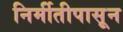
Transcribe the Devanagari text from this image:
निर्मीतीपासून